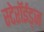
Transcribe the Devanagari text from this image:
स्टेरॉईड्ज